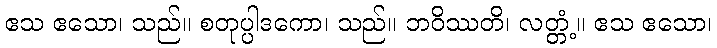
ဧသ ဧသော၊ သည်။ စတုပ္ပါဒကော၊ သည်။ ဘဝိဿတိ၊ လတ္တံ့။ ဧသ ဧသော၊